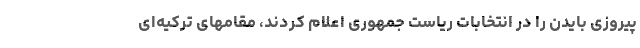
پیروزی بایدن را در انتخابات ریاست جمهوری اعلام کردند، مقامهای ترکیه‌ای